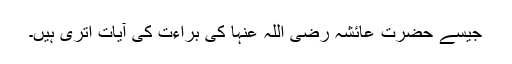
جیسے حضرت عائشہ رضی اللہ عنہا کی براءت کی آیات اتری ہیں۔